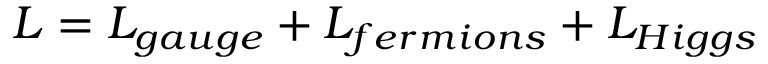
{ \cal L } = { \cal L } _ { g a u g e } + { \cal L } _ { f e r m i o n s } + { \cal L } _ { H i g g s }